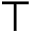
\top